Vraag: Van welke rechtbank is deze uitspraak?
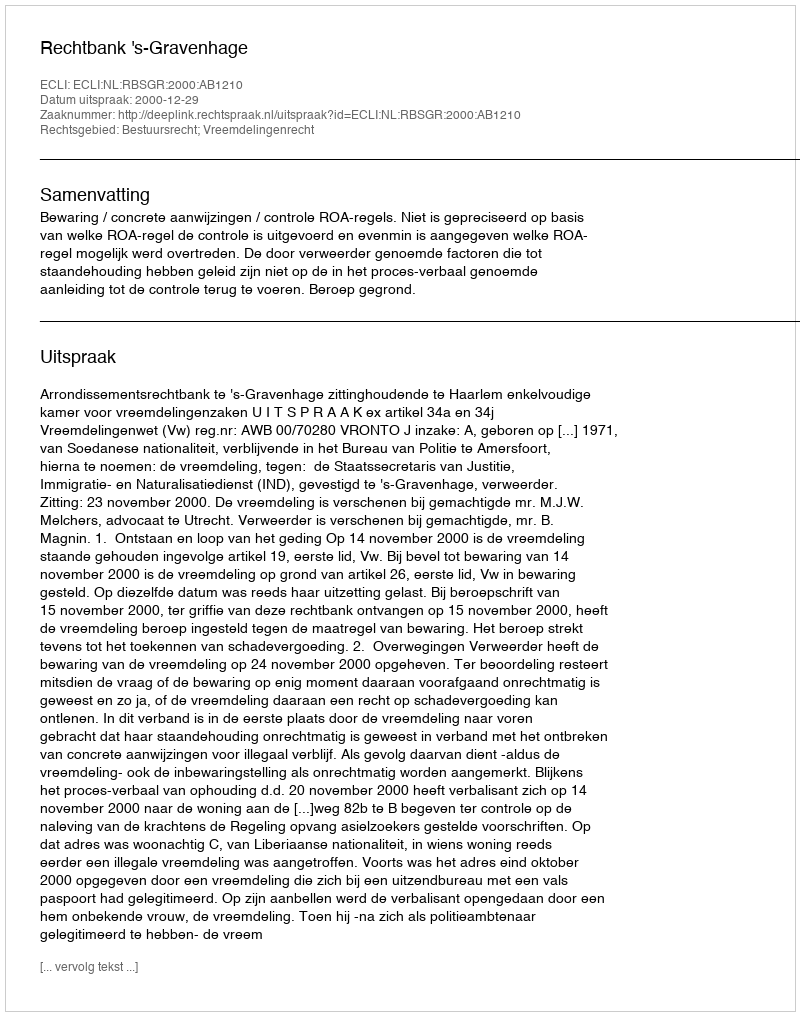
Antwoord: Rechtbank 's-Gravenhage